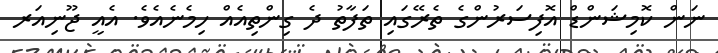
ނަން ކޮމިޝަންޑް އޮފިސަރުންގެ ތެރޭގައި ތަފާތު ދެ ގިންތިއެއް ހިމެނެއެވެ. އެއީ ޖޫނިއަރ